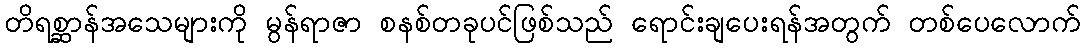
တိရစ္ဆာန်အသေများကို မွန်ရာဇာ စနစ်တခုပင်ဖြစ်သည် ရောင်းချပေးရန်အတွက် တစ်ပေလောက်